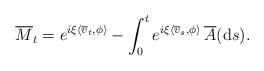
LaTeX: \begin{align*} \overline{M}_t = e^{i \xi \langle \overline{v}_t, \phi \rangle} - \int_{0}^{t} e^{i \xi \langle \overline{v}_s, \phi \rangle} \, \overline{A} (\textrm{d}s).\end{align*}